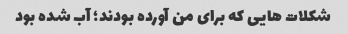
شکلات هایی که برای من آورده بودند؛ آب شده بود